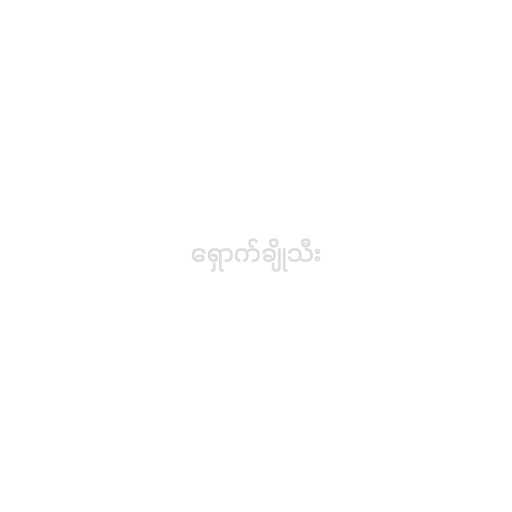
ရှောက်ချိုသီး